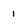
Character: 1